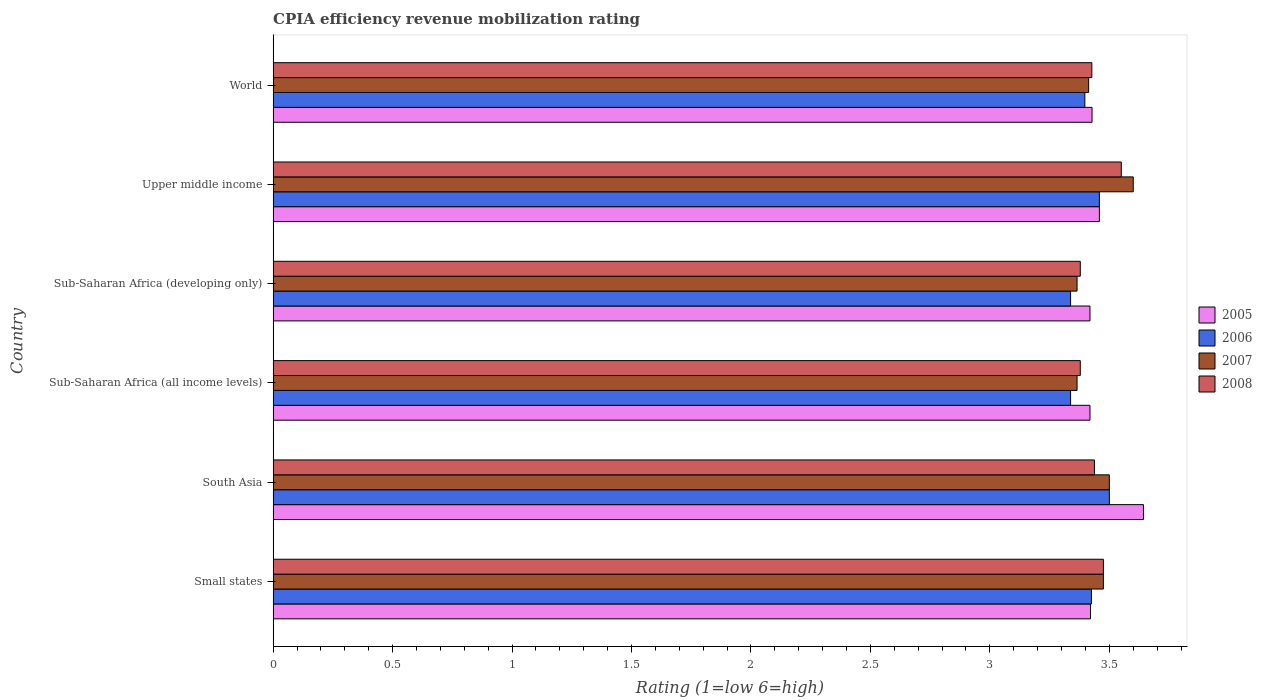
| Country | 2005 | 2006 | 2007 | 2008 |
 | --- | --- | --- | --- | --- |
 | Small states | 3.42 | 3.42 | 3.48 | 3.48 |
 | South Asia | 3.64 | 3.5 | 3.5 | 3.44 |
 | Sub-Saharan Africa (all income levels) | 3.42 | 3.34 | 3.36 | 3.38 |
 | Sub-Saharan Africa (developing only) | 3.42 | 3.34 | 3.36 | 3.38 |
 | Upper middle income | 3.46 | 3.46 | 3.6 | 3.55 |
 | World | 3.43 | 3.4 | 3.41 | 3.43 |